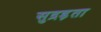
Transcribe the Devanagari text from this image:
सुद्रड़ता